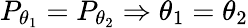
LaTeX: P_{\theta_{1}}=P_{\theta_{2}}\Rightarrow\theta_{1}=\theta_{2}